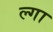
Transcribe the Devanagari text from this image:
ल्गा